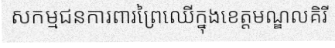
សកម្មជនការពារព្រៃឈើក្នុងខេត្តមណ្ឌលគិរី